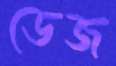
ডেজ